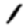
Digit: 1